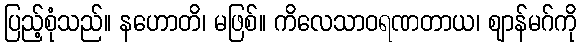
ပြည့်စုံသည်။ နဟောတိ၊ မဖြစ်။ ကိလေသာဝရဏတာယ၊ ဈာန်မဂ်ကို